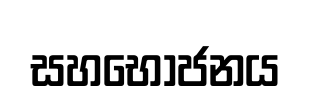
සහභෝජනය